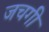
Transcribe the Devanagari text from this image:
जचगी